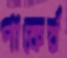
পাকের্র